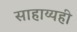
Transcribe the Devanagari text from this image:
साहाय्यही